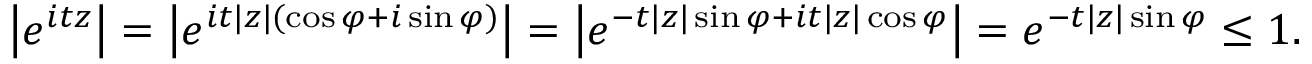
\left| e ^ { i t z } \right| = \left| e ^ { i t | z | ( \cos \varphi + i \sin \varphi ) } \right| = \left| e ^ { - t | z | \sin \varphi + i t | z | \cos \varphi } \right| = e ^ { - t | z | \sin \varphi } \leq 1 .